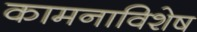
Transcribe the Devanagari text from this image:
कामनाविशेष